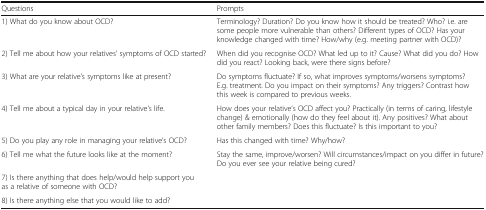
| Questions | Prompts |
 | --- | --- |
 | 1) What do you know about OCD? | Terminology? Duration? Do you know how it should be treated? Who? i.e. are some people more vulnerable than others? Different types of OCD? Has your knowledge changed with time? How/why (e.g. meeting partner with OCD)? |
 | 2) Tell me about how your relatives’ symptoms of OCD started? | When did you recognise OCD? What led up to it? Cause? What did you do? How did you react? Looking back, were there signs before? |
 | 3) What are your relative’s symptoms like at present? | Do symptoms fluctuate? If so, what improves symptoms/worsens symptoms? E.g. treatment. Do you impact on their symptoms? Any triggers? Contrast how this week is compared to previous weeks. |
 | 4) Tell me about a typical day in your relative’s life. | How does your relative’s OCD affect you? Practically (in terms of caring, lifestyle change) & emotionally (how do they feel about it). Any positives? What about other family members? Does this fluctuate? Is this important to you? |
 | 5) Do you play any role in managing your relative’s OCD? | Has this changed with time? Why/how? |
 | 6) Tell me what the future looks like at the moment? | Stay the same, improve/worsen? Will circumstances/impact on you differ in future? Do you ever see your relative being cured? |
 | 7) Is there anything that does help/would help support you as a relative of someone with OCD? |  |
 | 8) Is there anything else that you would like to add? |  |